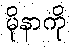
မိုနာကို